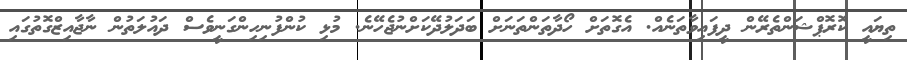
ތިޔައީ ކޮރޮޕްޝަންތެރޭން ދީފައިވާތަނެއް. އެގޮތަށް ހޯދާތަންތަނަށް ބަދަލުދޭކަށްނުޖެހޭނެ. މުޅި ކުންފުނިހިންގަނީވެސް ދައުލަތުން ނާޖާއިޒްގޮތުގައި